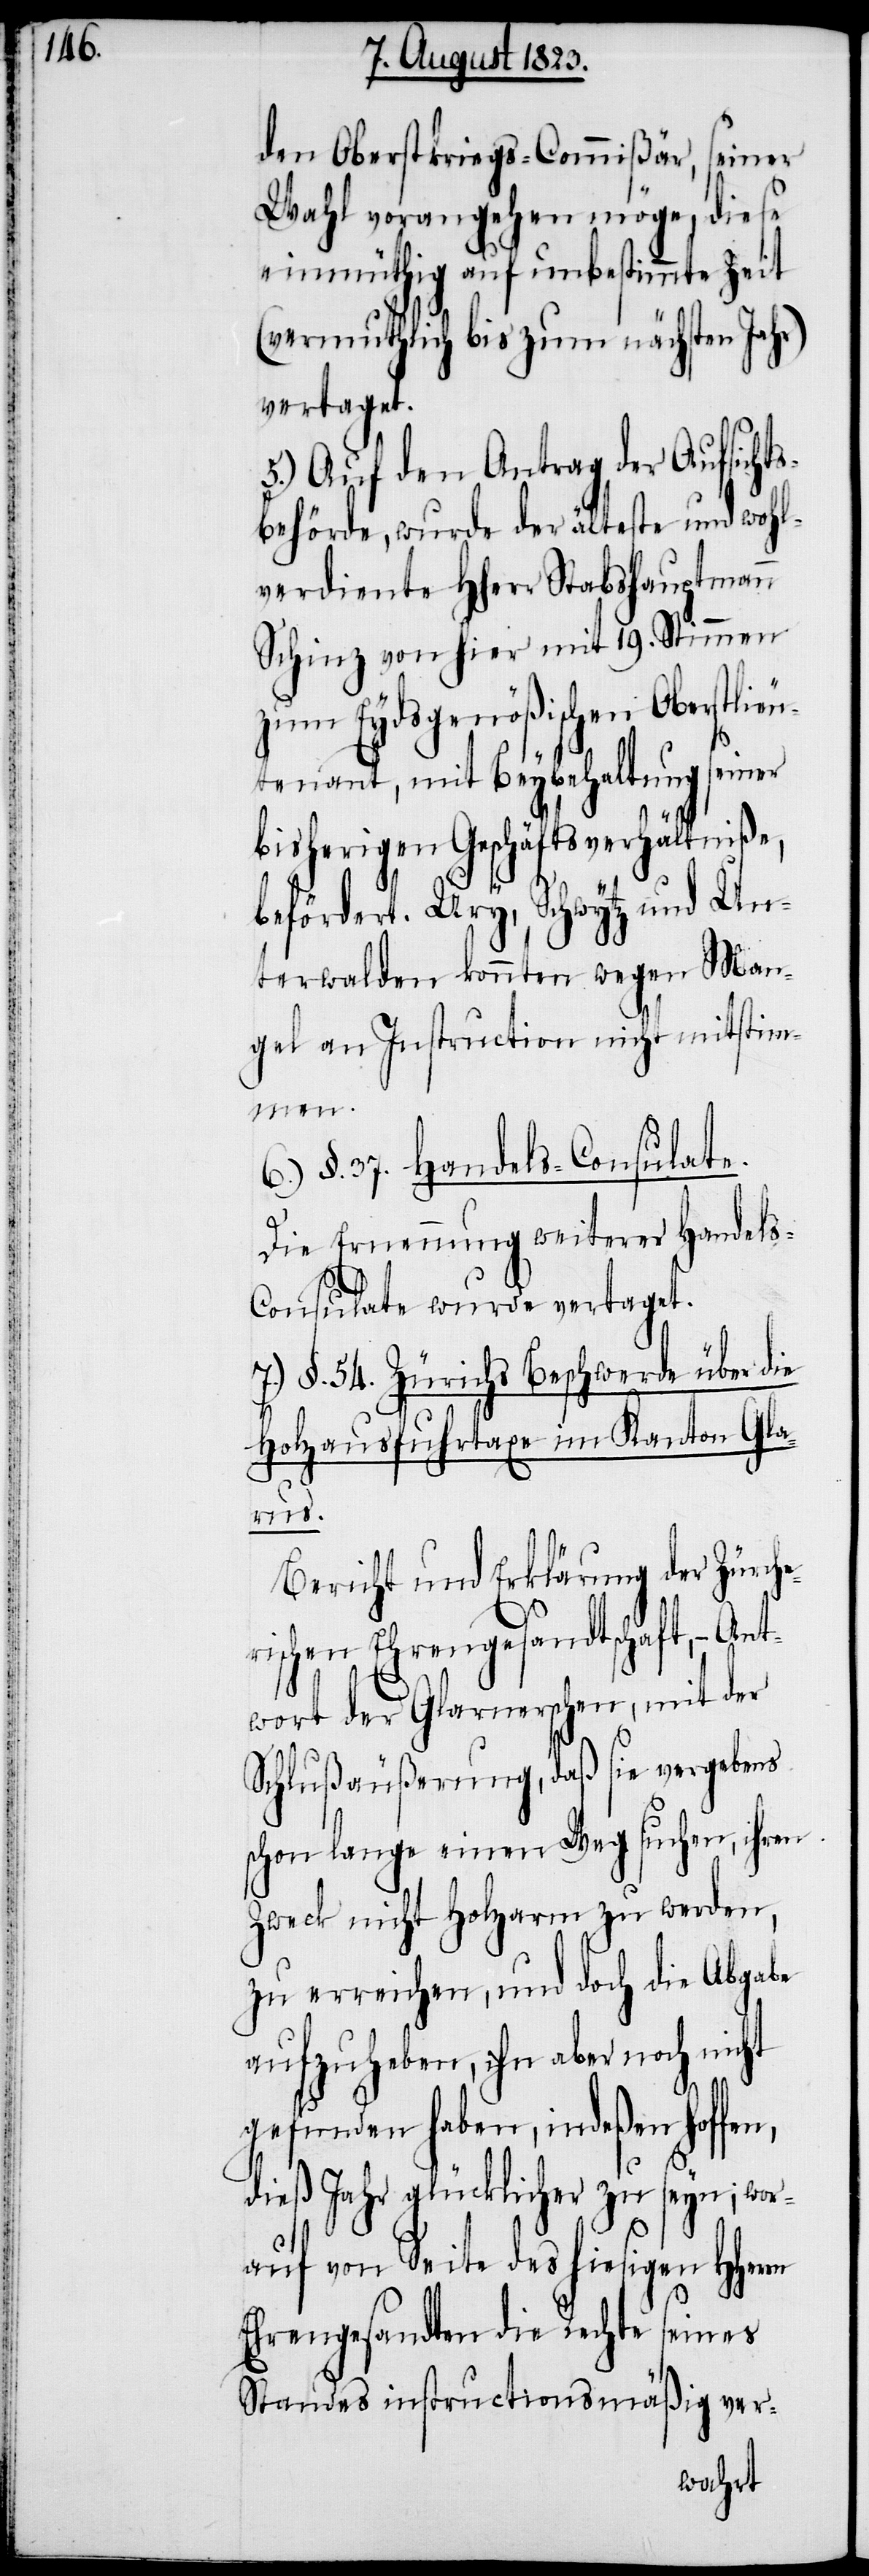
den Oberstkriegs-Commißär, seiner
Wahl vorangehen möge, diese
einmüthig auf unbestimmte Zeit
(vermutlich bis zum nächsten Jahr)
vertaget.
5.) Auf den Antrag der Aufsicht¬
sbehörde, wurde der älteste und wohl¬
verdiente Hherr Stabshauptmann
Schinz von hier mit 19. Stimmen
zum Eydsgenößischen Oberstlie¬
utenant, mit Beybehaltung seiner
bisherigen Geschäftsverhältniße,
befördert. Ury, Schwytz und Un¬
terwalden konnten wegen Man¬
gel an Instruction nicht mitstim¬
men.
§. 37. Handels-Consulate.
Die Ernennung weiterer Handel¬
s-Consulate wurde vertaget.
7.) §. 54. Zürichs Beschwerde über die
Holzausfuhrtaxe im Kanton Gla¬
rn
Bericht und Erklärung der Zürche¬
rischen Ehrengesandtschaft, − Ant¬
wort der Glarnerschen, mit der
Schlußäußerung, daß sie vergebens
schon lange einen Weg suchen, ihren
Zweck nicht Holzarm zu werden,
zu erreichen, und doch die Abgabe
aufzuheben, ihn aber noch nicht
gefunden haben, indeßen hoffen,
dieß Jahr glücklicher zu seyn; wor¬
auf von Seite des hiesigen HHer¬
Ehrengesandten die Rechte seines
Standes instructionsmäßig ver-